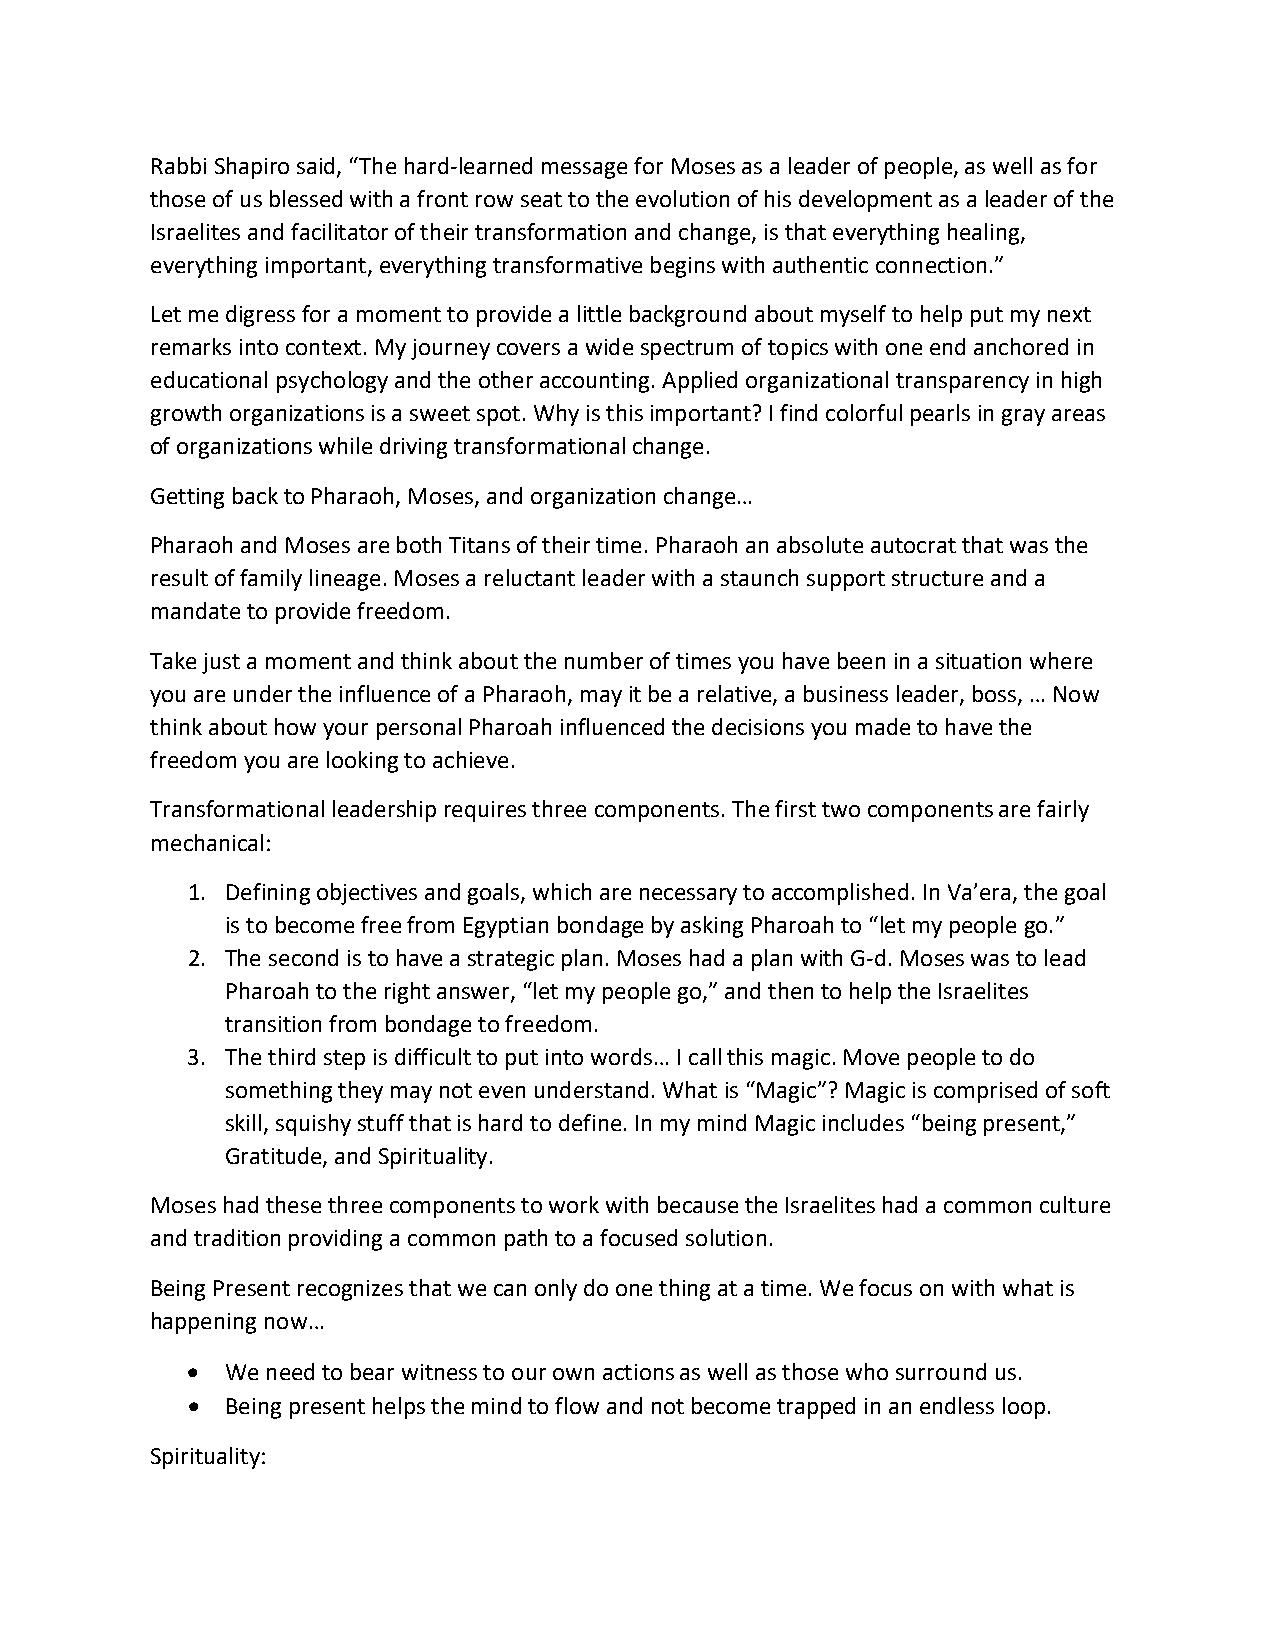
Rabbi Shapiro said, “The hard-learned message for Moses as a leader of people, as well as for
 those of us blessed with a front row seat to the evolution of his development as a leader of the
 Israelites and facilitator of their transformation and change, is that everything healing,
 everything important, everything transformative begins with authentic connection.”
 Let me digress for a moment to provide a little background about myself to help put my next
 remarks into context. My journey covers a wide spectrum of topics with one end anchored in
 educational psychology and the other accounting. Applied organizational transparency in high
 growth organizations is a sweet spot. Why is this important? I find colorful pearls in gray areas
 of organizations while driving transformational change.
 Getting back to Pharaoh, Moses, and organization change…
 Pharaoh and Moses are both Titans of their time. Pharaoh an absolute autocrat that was the
 result of family lineage. Moses a reluctant leader with a staunch support structure and a
 mandate to provide freedom.
 Take just a moment and think about the number of times you have been in a situation where
 you are under the influence of a Pharaoh, may it be a relative, a business leader, boss, … Now
 think about how your personal Pharoah influenced the decisions you made to have the
 freedom you are looking to achieve.
 Transformational leadership requires three components. The first two components are fairly
 mechanical:
 1. Defining objectives and goals, which are necessary to accomplished. In Va’era, the goal
 is to become free from Egyptian bondage by asking Pharoah to “let my people go.”
 2. The second is to have a strategic plan. Moses had a plan with G-d. Moses was to lead
 Pharoah to the right answer, “let my people go,” and then to help the Israelites
 transition from bondage to freedom.
 3. The third step is difficult to put into words… I call this magic. Move people to do
 something they may not even understand. What is “Magic”? Magic is comprised of soft
 skill, squishy stuff that is hard to define. In my mind Magic includes “being present,”
 Gratitude, and Spirituality.
 Moses had these three components to work with because the Israelites had a common culture
 and tradition providing a common path to a focused solution.
 Being Present recognizes that we can only do one thing at a time. We focus on with what is
 happening now…
 •  We need to bear witness to our own actions as well as those who surround us.
 •  Being present helps the mind to flow and not become trapped in an endless loop.
 Spirituality: